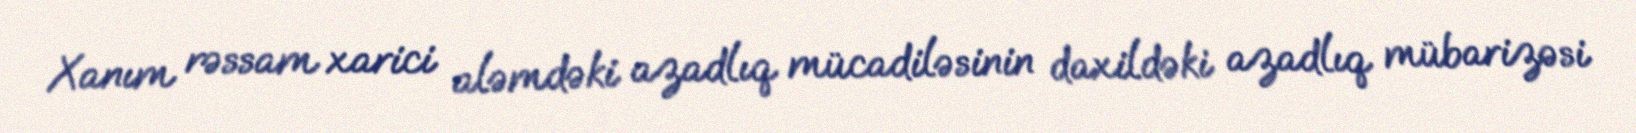
Xanım rəssam xarici aləmdəki azadlıq mücadiləsinin daxildəki azadlıq mübarizəsi